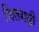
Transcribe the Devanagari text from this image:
जितगढ़ी